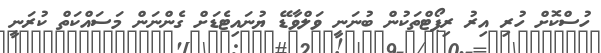
ހުސްކޮށް ހުރި އިރު ރިޕޯޓްތަކުން ބުނަނީ ވަލްވާޑޭ ޔުނައިޓެޑަށް ގެންނަން މަސައްކަތް ކުރަނީ